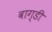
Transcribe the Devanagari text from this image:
वाग्डी